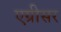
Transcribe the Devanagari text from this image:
एग्रीसर